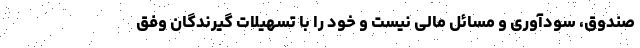
صندوق، سودآوری و مسائل مالی نیست و خود را با تسهیلات گیرندگان وفق